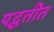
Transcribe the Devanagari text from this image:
पद्धतींत